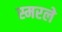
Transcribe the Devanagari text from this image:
स्मरले